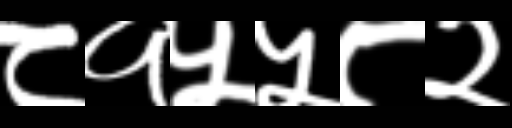
Text: ८१५५८२